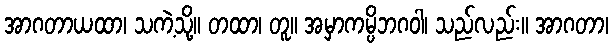
အာဂတာယထာ၊ သကဲ့သို့။ တထာ၊ တူ။ အမှာကမ္ပိဘဂဝါ၊ သည်လည်း။ အာဂတာ၊